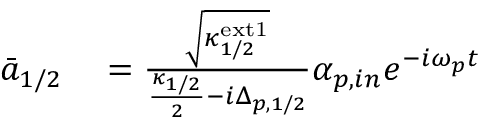
\begin{array} { r l } { \Bar { a } _ { 1 / 2 } } & { { } = \frac { \sqrt { \kappa _ { 1 / 2 } ^ { \mathrm { e x t 1 } } } } { \frac { \kappa _ { 1 / 2 } } { 2 } - i \Delta _ { p , 1 / 2 } } \alpha _ { p , i n } e ^ { - i \omega _ { p } t } } \end{array}